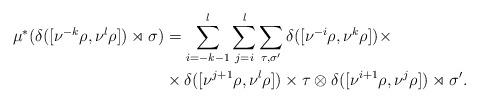
LaTeX: \begin{align*}\mu^{\ast}(\delta([\nu^{-k} \rho, \nu^{l} \rho]) \rtimes \sigma) & = \sum_{i = -k-1}^{l} \sum_{j=i}^{l} \sum_{\tau, \sigma'} \delta([ \nu^{-i} \rho , \nu^{k} \rho]) \times \\ & \times \delta([\nu^{j+1} \rho, \nu^{l} \rho]) \times \tau \otimes \delta([\nu^{i+1} \rho, \nu^{j} \rho]) \rtimes \sigma'.\end{align*}